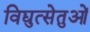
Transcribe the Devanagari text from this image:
विद्युत्सेतुओं